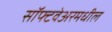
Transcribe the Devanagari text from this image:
सॉफ्टवेअरमधील